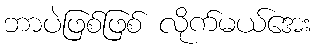
ဘာပဲဖြစ်ဖြစ် လိုက်မယ်အေး